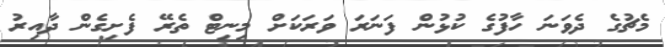
މެޗުގެ ދެވަނަ ހާފުގެ ކުޅުން ފަނަރަ ވަރަކަށް މިނިޓް ތެރޭ ފެށިގެން ދާއިރު